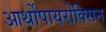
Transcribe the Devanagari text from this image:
आर्थोपायरोक्सिन